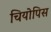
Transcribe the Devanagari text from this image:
चियोपिस